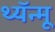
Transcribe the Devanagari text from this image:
थ्यॅन्मू